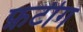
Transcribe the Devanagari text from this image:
फ़टीग